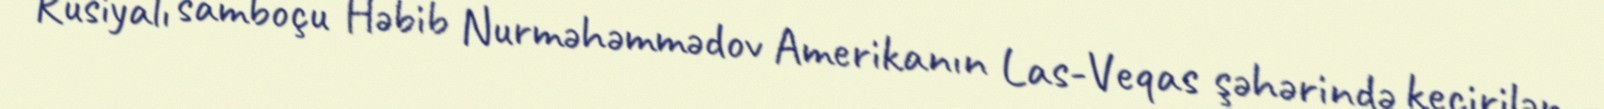
Rusiyalı samboçu Həbib Nurməhəmmədov Amerikanın Las-Veqas şəhərində keçirilən